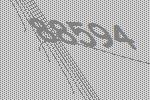
88594